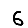
Digit: 6